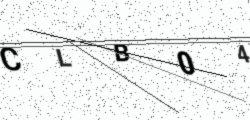
Text: CLB04